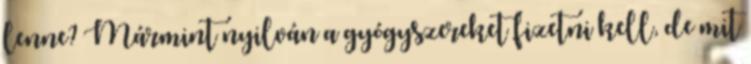
lenne? Mármint nyilván a gyógyszereket fizetni kell, de mit